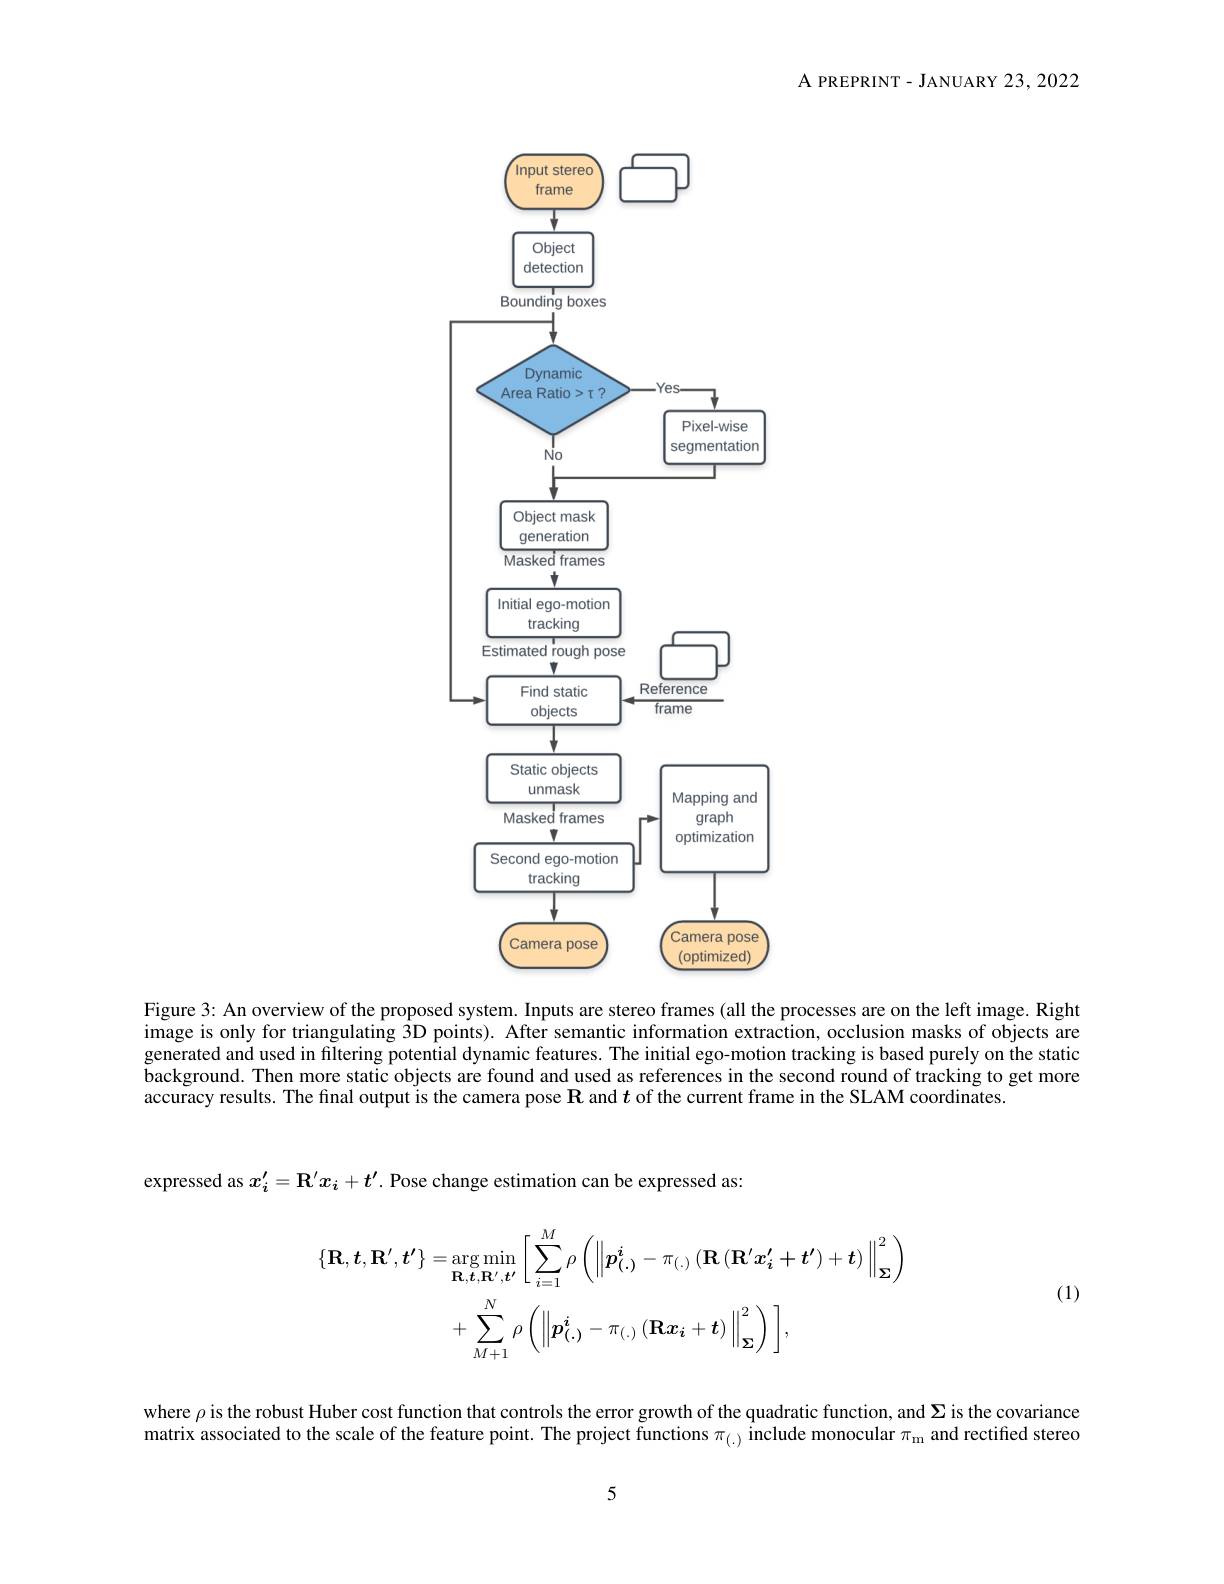
A PREPRINT- JANUARY 23, 2022

<FigureHere>

Figure 3: An overview of the proposed system. Inputs are stereo frames (all the processes are on the left image. Right image is only for triangulating 3D points). After semantic information extraction, occlusion masks of objects are generated and used in filtering potential dynamic features. The initial ego-motion tracking is based purely on the static background. Then more static objects are found and used as references in the second round of tracking to get more accuracy results. The final output is the camera pose $\mathbf{R}$ and $t$ of the current frame in the SLAM coordinates.

expressed as $x_i^{\prime}=\mathbb{R}^{\prime}x_i+t^{\prime}$. Pose change estimation can be expressed as:
$$\begin{aligned}\{\mathbf{R},\boldsymbol{t},\mathbf{R}^{\prime},\boldsymbol{t}^{\prime}\}=&\arg\min_{\mathbf{R},\boldsymbol{t},\mathbf{R}^{\prime},\boldsymbol{t}^{\prime}}\left[\sum_{i=1}^{M}\rho\left(\left\|p_{(.)}^{i}-\pi_{(.)}\left(\mathbf{R}\left(\mathbf{R}^{\prime}x_{i}^{\prime}+t^{\prime}\right)+t\right)\right\|_{\boldsymbol{\Sigma}}^{2}\right)\\&+\sum_{M+1}^{N}\rho\left(\left\|p_{(.)}^{i}-\pi_{(.)}\left(\mathbf{R}x_{i}+t\right)\right\|_{\boldsymbol{\Sigma}}^{2}\right)\right],\end{aligned}$$
(1)

where $\rho$ is the robust Huber cost function that controls the error growth of the quadratic function, and $\Sigma$ is the covariance matrix associated to the scale of the feature point. The project functions $\pi_{(\cdot)}$ include monocular $\pi_\mathrm{m}$ and rectiffed stereo

5